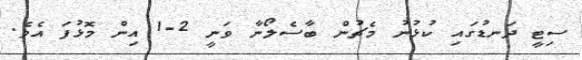
ސިޓީ ދަނޑުގައި ކުޅުނު މެޗުން ބާސެލޯނާ ވަނީ 2-1 އިން މޮޅުފަ އެވެ.